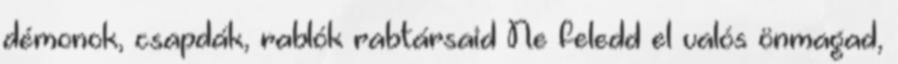
démonok, csapdák, rablók rabtársaid Ne feledd el valós önmagad,